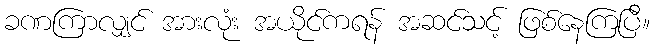
ခဏကြာလျှင် အားလုံး အယိုင်ကရန် အဆင်သင့် ဖြစ်နေကြပြီ။